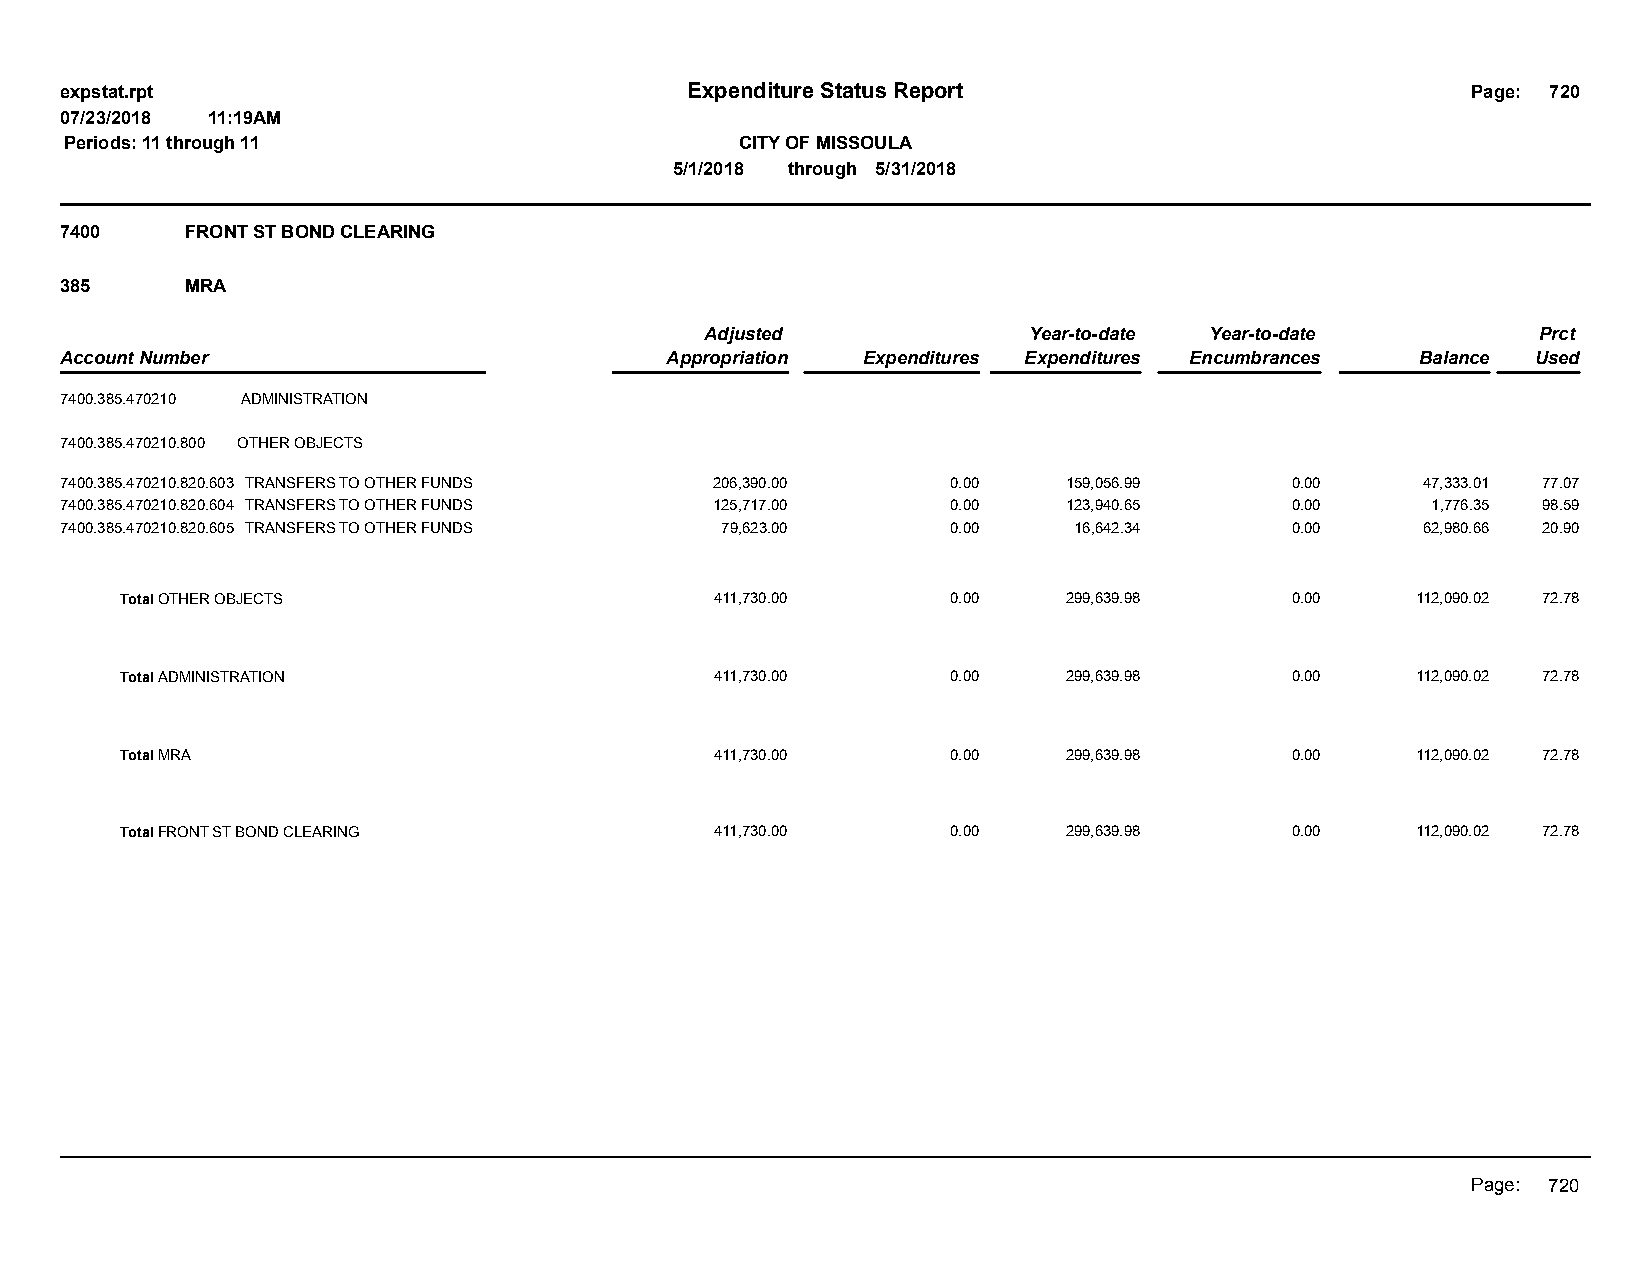
expstat.rpt                              Expenditure Status Report                           Page: 720
 07/23/2018 11:19AM
 Periods: 11 through 11                       CITY OF MISSOULA
 5/1/2018 through 5/31/2018
 7400    FRONT ST BOND CLEARING
 385     MRA
 Adjusted             Year-to-date Year-to-date         Prct
 Account Number                          Appropriation Expenditures Expenditures Encumbrances Balance Used
 7400.385.470210 ADMINISTRATION
 7400.385.470210.800 OTHER OBJECTS
 7400.385.470210.820.603 TRANSFERS TO OTHER FUNDS 206,390.00 0.00   159,056.99    0.00     47,333.01 77.07
 7400.385.470210.820.604 TRANSFERS TO OTHER FUNDS 125,717.00 0.00   123,940.65    0.00      1,776.35 98.59
 7400.385.470210.820.605 TRANSFERS TO OTHER FUNDS 79,623.00 0.00    16,642.34     0.00     62,980.66 20.90
 Total OTHER OBJECTS                    411,730.00      0.00    299,639.98    0.00     112,090.02 72.78
 Total ADMINISTRATION                   411,730.00      0.00    299,639.98    0.00     112,090.02 72.78
 Total MRA                              411,730.00      0.00    299,639.98    0.00     112,090.02 72.78
 Total FRONT ST BOND CLEARING           411,730.00      0.00    299,639.98    0.00     112,090.02 72.78
 Page: 720